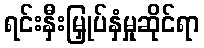
ရင်းနှီးမြှုပ်နှံမှုဆိုင်ရာ